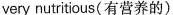
very nutritious(有营养的).